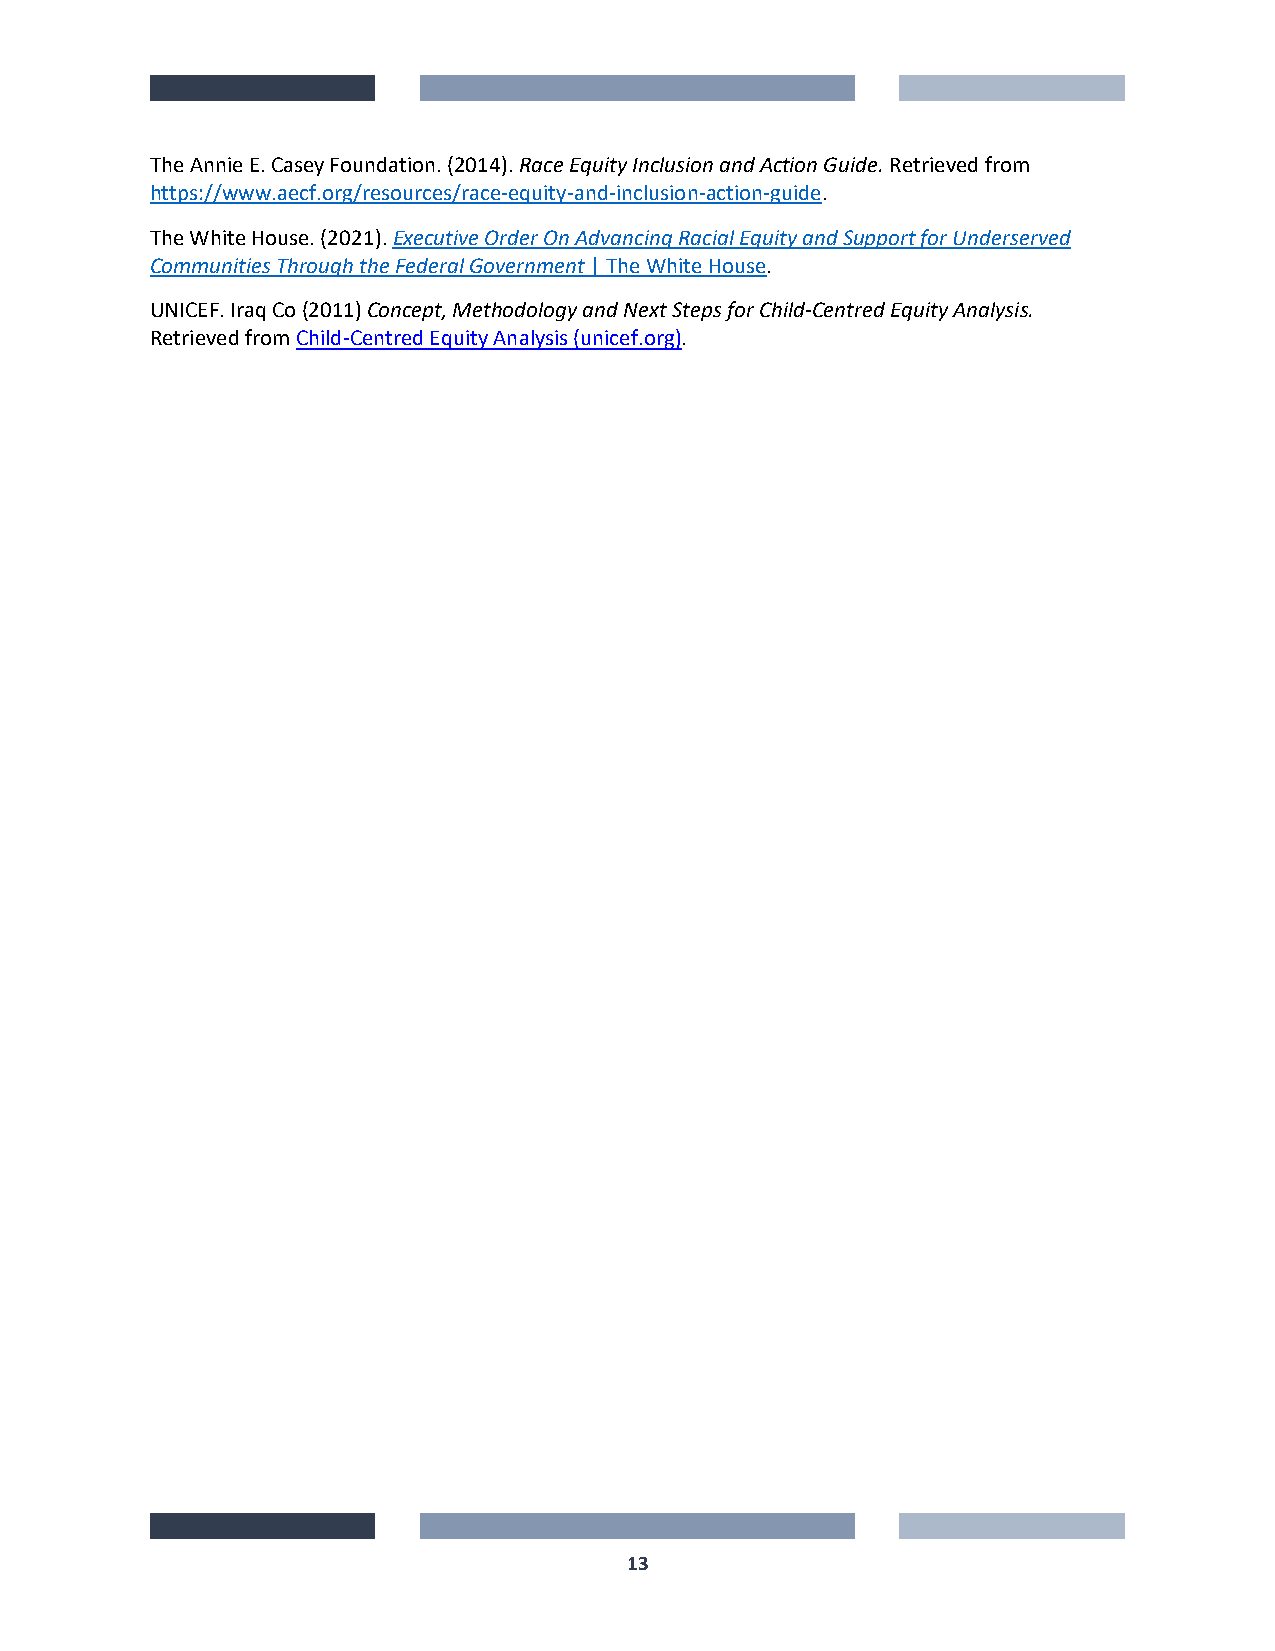
The Annie E. Casey Foundation. (2014). Race Equity Inclusion and Action Guide. Retrieved from
 https://www.aecf.org/resources/race-equity-and-inclusion-action-guide.
 The White House. (2021). Executive Order On Advancing Racial Equity and Support for Underserved
 Communities Through the Federal Government | The White House.
 UNICEF. Iraq Co (2011) Concept, Methodology and Next Steps for Child-Centred Equity Analysis.
 Retrieved from Child-Centred Equity Analysis (unicef.org).
 13